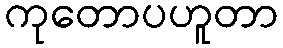
ကုတောပဟူတာ